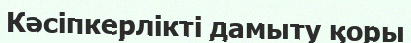
Кәсіпкерлікті дамыту қоры